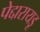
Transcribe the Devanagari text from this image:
पेद्दारायडू